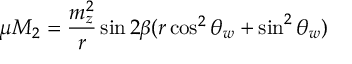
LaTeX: \mu M _ { 2 } = \frac { m _ { z } ^ { 2 } } { r } \sin 2 \beta ( r \cos ^ { 2 } \theta _ { w } + \sin ^ { 2 } \theta _ { w } )